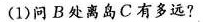
(1)问B处离岛C有多远?